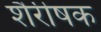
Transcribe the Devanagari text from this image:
शैरीषक